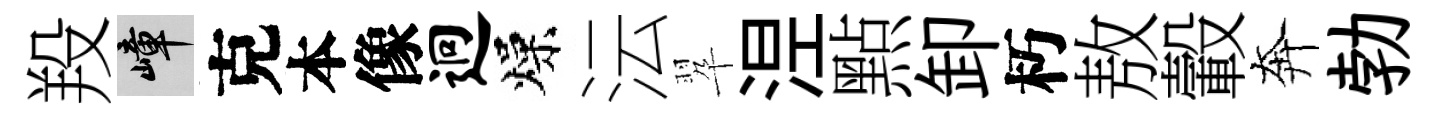
羖嶂克本像迥燥沄翆𣵀㸃卸朽敖轂奔勃